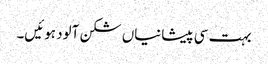
بہت سی پیشانیاں شکن آلود ہوئیں۔